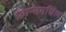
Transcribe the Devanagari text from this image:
फ्रान्समधिल